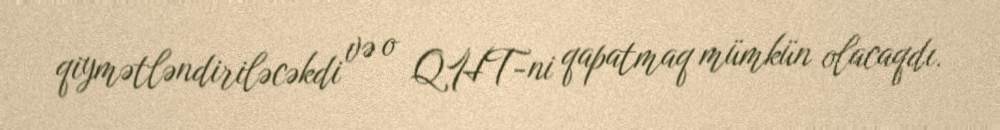
qiymətləndiriləcəkdi və o QHT-ni qapatmaq mümkün olacaqdı.